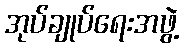
အုပ်ချုပ်ရေးအဖွဲ့